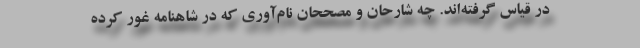
در قیاس گرفته‌اند. چه شارحان و مصححان نام‌آوری که در شاهنامه غور کرده